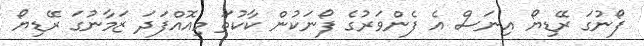
ފޯނުގަ ރޭޑިޔޯ އިނަސް އެ ފެންވަރުގެ ފޯނަކުން ކާކުތަ މިއޮއްފަދަ ޒަމާނުގަ ރޭޑިޔޯ